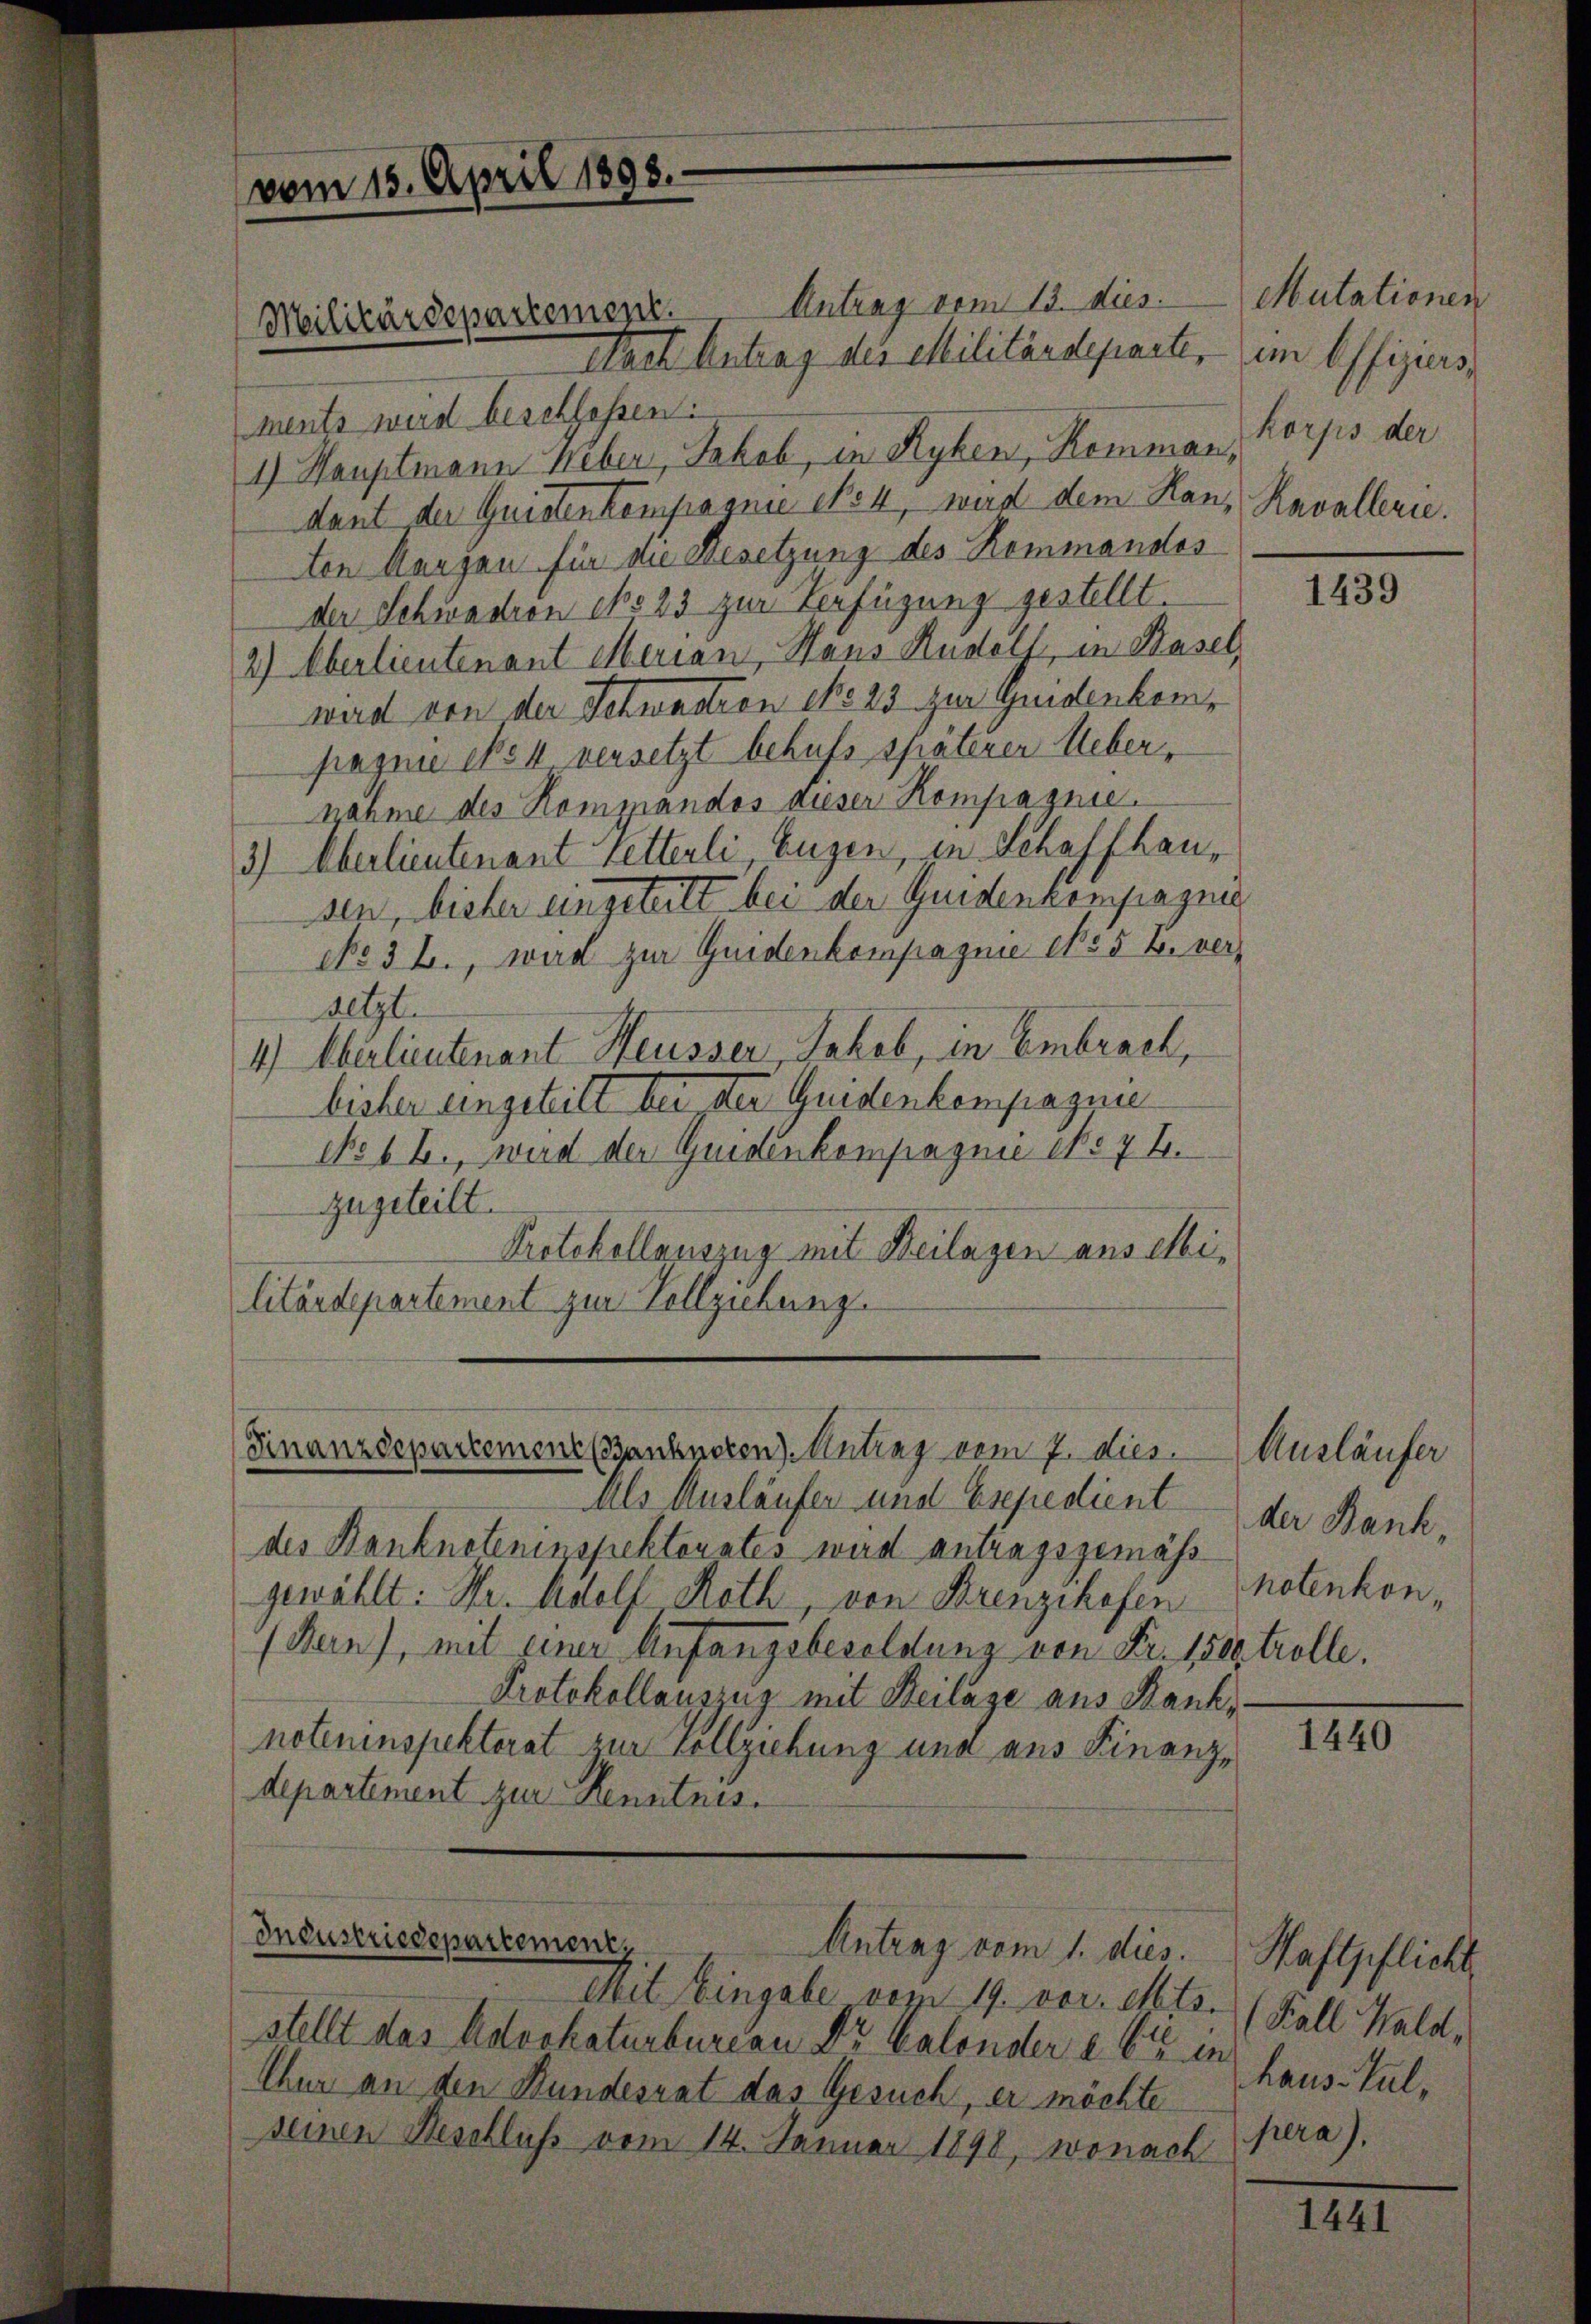
Antrag vom 13. dies
Nach Antrag des Militärdeparte,
ments wird beschlossen.
1) Hauptmann Weber, Jakob, in Ryken, Kommann, Korps der
dant der Quistenkompagnie cho 4, wird dem Hanton Mangen für die Besetzung des Kommandos
der Schwadron No 23 zur Verfügung gestellt.
2) Oberlieutenant Merian, Haus Rudolf, in Basel,
wird von der Schwastron No 23 zur Guidenkompasine No 4. versetzt behufs späteren Ueber,
nahme des Kompandos dieser Kompagnie.
3) Oberlieutenant Ketterli Eugen, in Schaffhausen, bisher eingeteilt bei der Guidenkompagnie
No. 32., wird zur Guidenkompagnie No 5 u. ver¬
Letzt.
4.) Oberlieutenant Heusser, Jakob, in Embrach,
licher eingeteilt bei der Guidenkompagnie
No 6 B., wird der Guidenkompagnie eko 7 E.
zugeteilt.
Pretekollauszug mit Beilagen anselbilitärdepartement zur Vollziehung.

vom 15. April 1898.

Militärdepartement.

Finanzdepartement (Banknoten). Antrag vom 7. dies

als Ausläufer und Esepedient der Bank,
des Banknoteninspektorates wird antragsgemäß
gewählt: Hr. Adolf Roth, von Krenzikofen hotenkon
(Ran), mit einer Anfangsbesoldung von Fr. 1500 trolle.
Protokollauszug mit Beilage aus Banknoteninspektorat zur Vollziehung und aus Finanzdepartement zur Kenntnis.

Industriedepartement,
Antrag vom 1. dies.

Mit Eingabe vom 19. vor. Mts. (Kall Wald,
stellt das Advokaturbureau Dr. Calonder eben haus Jul¬
Chur an den Bundesrat das Gesuch, er möchte
seinen Beschliche vom 14. Jänner 1890, wonach

Mutationen
im Offiziers
Kavallerie.

1439

Ausläufer

1440

Haftpflicht
pera).

1441